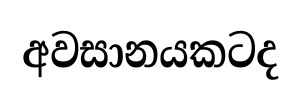
අවසානයකටද